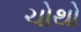
ચોથો